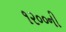
૧૨૦૦ની